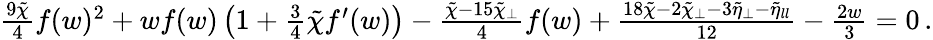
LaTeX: \begin{array}{r}{\frac{9\tilde{\chi}}{4}f(w)^{2}+wf(w)\left(1+\frac{3}{4}\tilde{\chi}f^{\prime}(w)\right)-\frac{\tilde{\chi}-15\tilde{\chi}_{\perp}}{4}f(w)+\frac{18\tilde{\chi}-2\tilde{\chi}_{\perp}-3\tilde{\eta}_{\perp}-\tilde{\eta}_{ll}}{12}-\frac{2w}{3}=0\, .}\end{array}